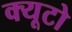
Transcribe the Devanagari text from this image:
क्यूटो